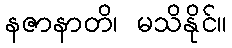
နဇာနာတိ၊ မသိနိုင်။